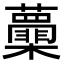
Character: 𭬽